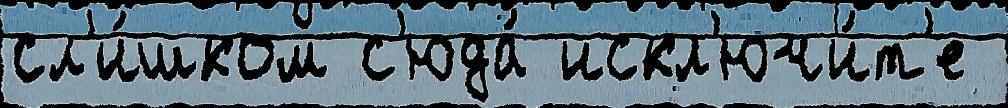
сл'и́шком с'юда́ искл'ючи́т'е